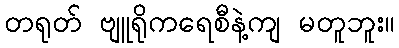
တရုတ် ဗျူရိုကရေစီနဲ့ကျ မတူဘူး။